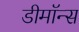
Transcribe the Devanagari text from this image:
डीमॉन्स